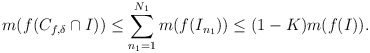
\begin{align*}m ( f(C_{f,\delta} \cap I) ) \leq \sum_{n_1=1}^{N_1} m (f(I_{n_1} )) \le (1-K) m(f(I)).\end{align*}